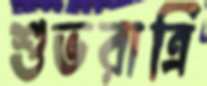
শুভরাত্রি